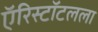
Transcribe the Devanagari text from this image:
ऍरिस्टॉटलला